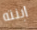
ابنته